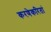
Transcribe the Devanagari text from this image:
करणेकरितां